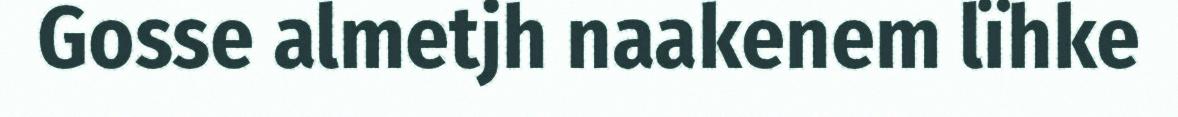
Gosse almetjh naakenem lïhke